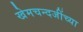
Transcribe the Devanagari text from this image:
खेमचन्दजींच्या